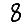
Digit: 8